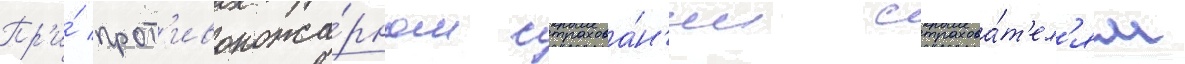
Пр'и́ прот'ивопожа́рном страхова́н'ии страхова́т'ел'ям